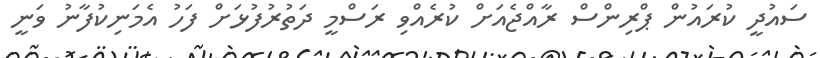
ސައުދީ ކުރައުން ޕްރިންސް ރާއްޖެއަށް ކުރެއްވި ރަސްމީ ދަތުރުފުޅަށް ފަހު އެމަނިކުފާނު ވަނީ